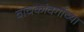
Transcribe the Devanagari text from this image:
वाचकांवर्गाच्या